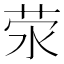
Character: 荥